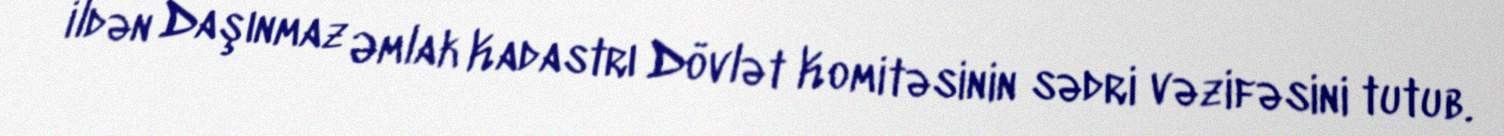
ildən Daşınmaz Əmlak Kadastrı Dövlət Komitəsinin sədri vəzifəsini tutub.